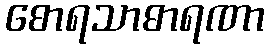
စောရသာဓာရဏာ